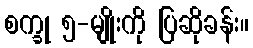
စက္ခု ၅-မျိုးကို ပြဆိုခန်း။